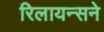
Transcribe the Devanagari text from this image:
रिलायन्सने